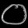
Digit: ၀